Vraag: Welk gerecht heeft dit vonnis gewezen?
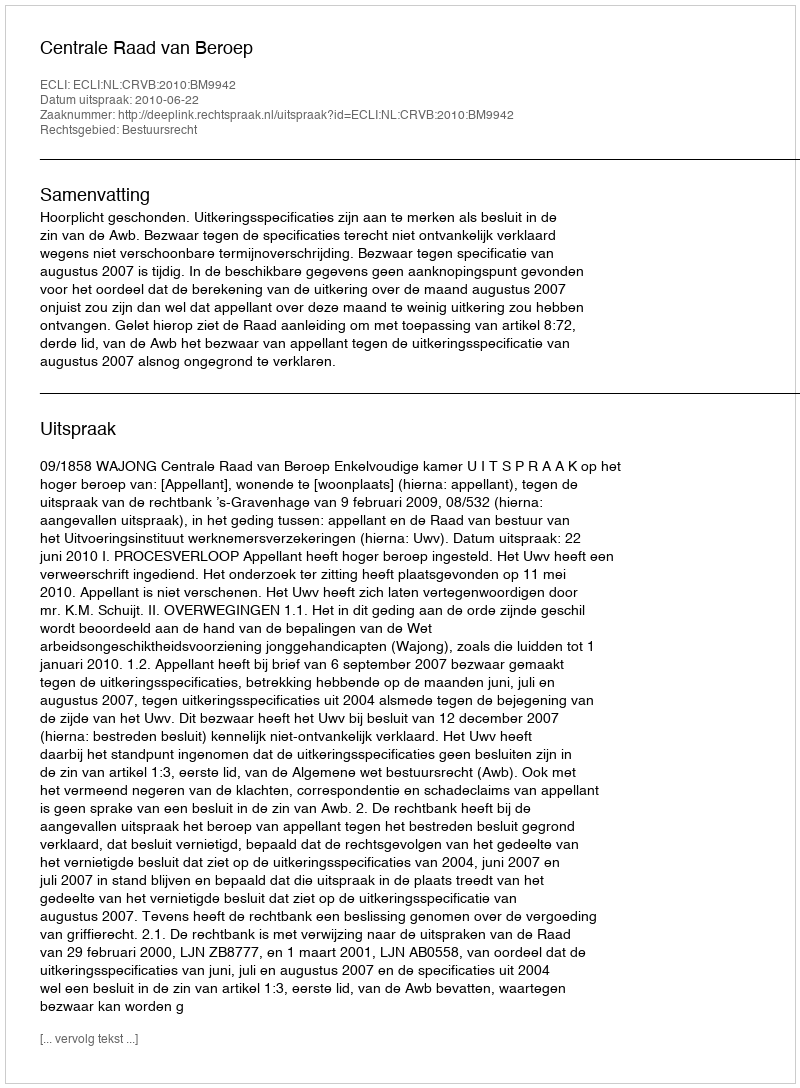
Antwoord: Centrale Raad van Beroep